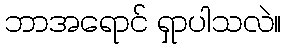
ဘာအရောင် ရှာပါသလဲ။